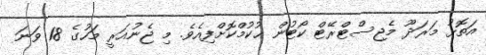
އަތޮޅު މަރަދޫ މެޖިސްޓްރޭޓް ކޯޓުން ޙުކުމްކޮށްފިއެވެ. މި ޖެނުއަރީ މަހުގެ 18 ވަނަ